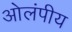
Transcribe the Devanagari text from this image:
ओलंपीय